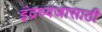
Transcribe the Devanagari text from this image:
इंद्रध्वजासाठी